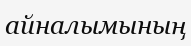
айналымының